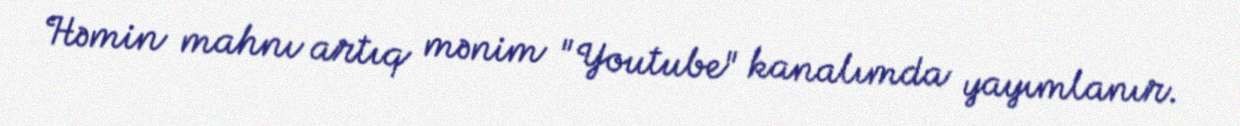
Həmin mahnı artıq mənim "Youtube" kanalımda yayımlanır.